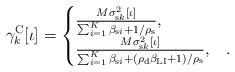
LaTeX: \begin{align*}\gamma_k^\mathrm{C}[\iota] = \begin{cases}\frac{M\sigma_{\mathrm{s}k}^2[\iota]}{\sum_{i=1}^{K}\beta_{\mathrm{s}i} + 1/\rho_\mathrm{s}}, & \\\frac{M\sigma_{\mathrm{s}k}^2[\iota]}{\sum_{i=1}^{K}\beta_{\mathrm{s}i} + \left(\rho_\mathrm{d}\beta_\mathrm{LI}+1\right)/\rho_\mathrm{s}}, & .\end{cases}\end{align*}